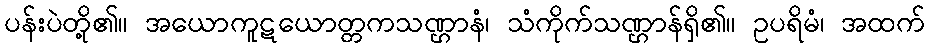
ပန်းပဲတို့၏။ အယောကူဋယောတ္တကသဏ္ဌာနံ၊ သံကိုက်သဏ္ဌာန်ရှိ၏။ ဥပရိမံ၊ အထက်